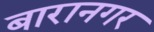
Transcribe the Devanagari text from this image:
बारानगर